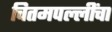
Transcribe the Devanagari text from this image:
चितमपल्लींचा